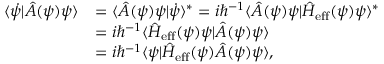
\begin{array} { r l } { \langle \dot { \psi } | \hat { A } ( \psi ) \psi \rangle } & { = \langle \hat { A } ( \psi ) \psi | \dot { \psi } \rangle ^ { \ast } = i \hbar ^ { - 1 } \langle \hat { A } ( \psi ) \psi | \hat { H } _ { \mathrm { e f f } } ( \psi ) \psi \rangle ^ { \ast } } \\ & { = i \hbar ^ { - 1 } \langle \hat { H } _ { \mathrm { e f f } } ( \psi ) \psi | \hat { A } ( \psi ) \psi \rangle } \\ & { = i \hbar ^ { - 1 } \langle \psi | \hat { H } _ { \mathrm { e f f } } ( \psi ) \hat { A } ( \psi ) \psi \rangle , } \end{array}